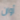
أوان